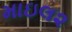
માઇલ૨